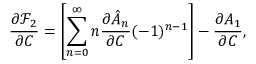
\frac { \partial \mathcal { F } _ { 2 } } { \partial C } = \left[ \sum _ { n = 0 } ^ { \infty } n \frac { \partial \hat { A } _ { n } } { \partial C } ( - 1 ) ^ { n - 1 } \right] - \frac { \partial A _ { 1 } } { \partial C } ,